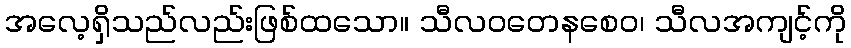
အလေ့ရှိသည်လည်းဖြစ်ထသော။ သီလဝတေနစေဝ၊ သီလအကျင့်ကို